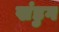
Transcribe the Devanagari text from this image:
खंडुग